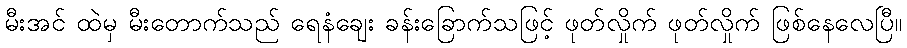
မီးအင် ထဲမှ မီးတောက်သည် ရေနံချေး ခန်းခြောက်သဖြင့် ဖုတ်လှိုက် ဖုတ်လှိုက် ဖြစ်နေလေပြီ။